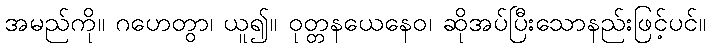
အမည်ကို။ ဂဟေတွာ၊ ယူ၍။ ဝုတ္တနယေနေဝ၊ ဆိုအပ်ပြီးသောနည်းဖြင့်ပင်။